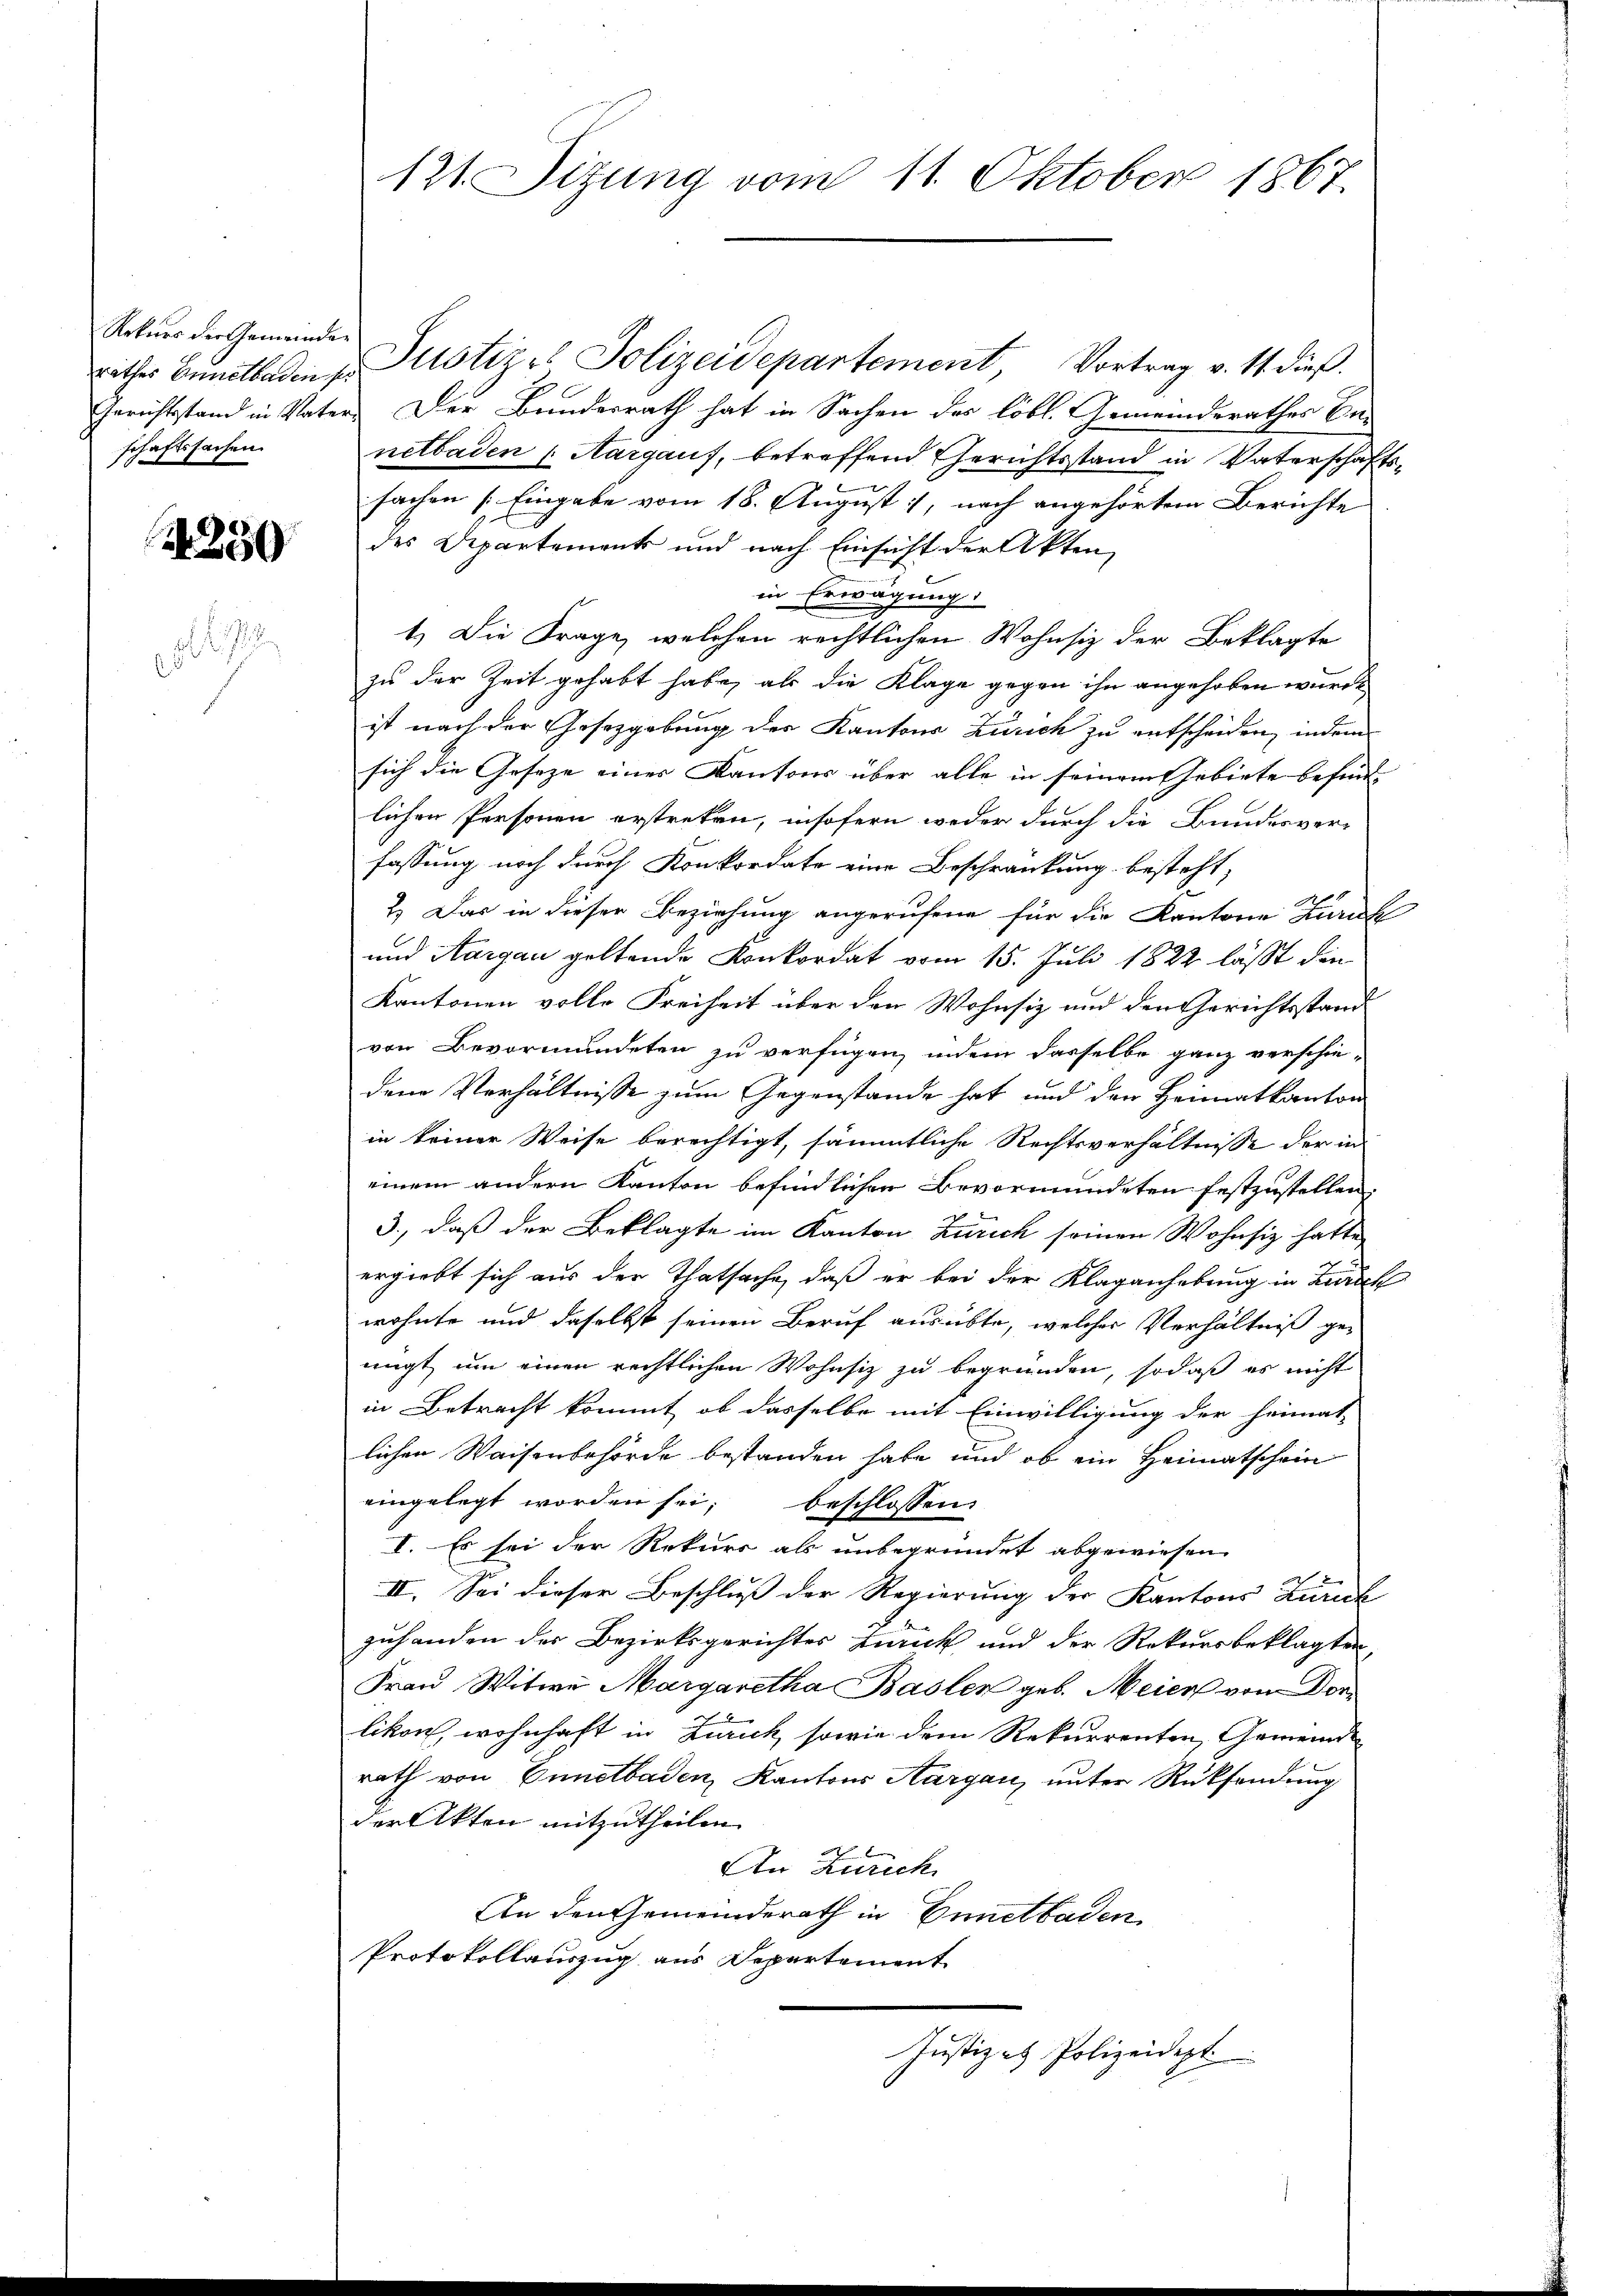
Rekurs der Gemeinden
schaftssachen.

2250

rathes Benetbodenz. Justizes Polizeidepartement Vortrag v. 11. dieß.
Gerichtstand in Vater. Der Bundesrath hat in Sachen der löbl. Gemeinderathes An-
netbaden Aargauf, betreffend Gerichtsstand in Vaterschaftssachen [Eingabe vom 18. August, nach angehörten Berichte
des Departements und nach Einhaft der Akten,
in Erwägung
1.) Die Frage, welchen rechtlichen Wohnsiz der Beklagte
zu der Zeit gehabt habe, als die Klage gegen ihn angehoben wurde
ist nach der Gesetzgebung der Kantons Zürich zu entscheiden, indem
sich die Gesetze eines Kantons über alle in seinem Gebiete befind-
lichen Personen erstreken, insofern weder durch die Bundesver-
fassung noch durch Konkordate eine Beschränkung besteht,
2.) Das in dieser Beziehung angerufene für die Kantone Zuruk
und Aargau geltende Konkordat vom 15. Juli 1822 lässt den
Kantonen volle Freiheit über den Wohnsiz und den Gerichtsstand
von Bevormundeten zu verfügen, indem dasselbe ganz verschie-
dem Verhältnisse zum Gegenstände hat und den Heimatkanton
in keiner Weise berechtigt, sämmtliche Rechtsverhältnisse der in
einem andern Kanton befindlichen Bevormundeten festzustellen,
3., daß der Beklagte im Kanton Zürich seinen Wohnsiz hatte
ergiebt sich aus der Thatsache, daß er bei der Klaganhebung in Burck
wohnte und daselbst seinen Beruf ausübte, welcher Verhältniß genigt, um einen rechtlichen Wohnsiz zu begründen, sodaß es nicht
in Betracht kommt, ob dasselbe mit Einwilligung der heimat-
lichen Waisenbehörde bestanden habe und ob ein Heimatschein
eingelegt worden sei; beschlossen
I. Es sei der Rekurs als unbegründet abgewiesen.
II. Sei dieser Beschluß der Regierung der Kantons Zürich
zuhanden der Bezirksgerichtes zurück und der Rekursbeklagten,
Frau Witwe Margaretha Basler geb. Meier von Donlikon, wohnhaft in Zürich, sowie dem Rekurrenten, Gemeinde
rath von Ennetbaden, Kantons Aargau, unter Rücksendung
der Akten mitzutheilen.
An Zürich
An den Gemeinderath in Ennetbaden
Protokollauszug aus Departement
Justiz & Polizeidept.

121. Sitzung vom 11. Oktober 1867.